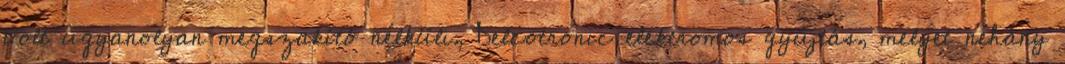
volt ugyanolyan megszakító nélküli, Delcotronic elektromos gyújtás, melyet néhány